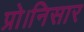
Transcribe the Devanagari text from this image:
प्रो।निसार